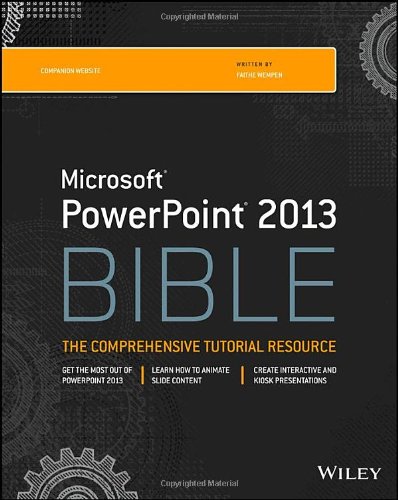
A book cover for PowerPoint 2013 Bible; Computers & Technology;